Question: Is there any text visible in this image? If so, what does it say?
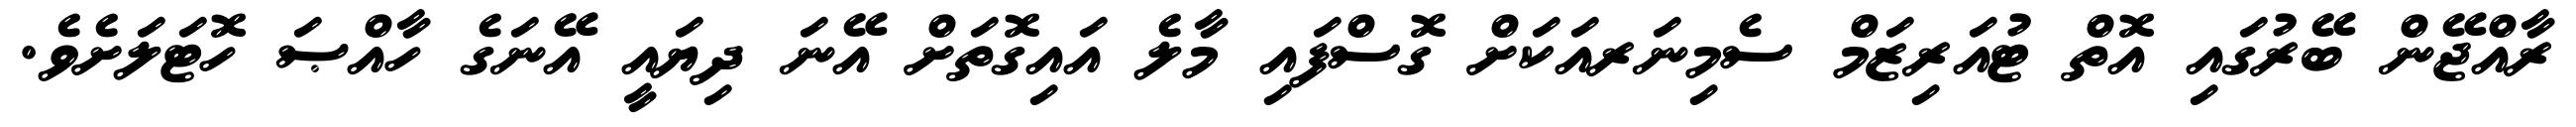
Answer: ރާއްޖޭން ބޭރުގައި އޮތް ޓުއަރިޒަމް ސެމިނަރއަކަށް ގޮސްފައި މާލެ އައިގޮތަށް އޭނަ ދިޔައީ އޭނަގެ ހާއްޞަ ހޮޓަލަށެވެ.